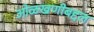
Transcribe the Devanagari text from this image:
ओळखणीबद्दल